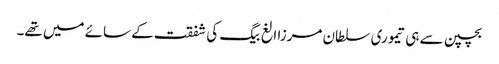
بچپن سے ہی تیموری سلطان مرزا الغ بیگ کی شفقت کے سائے میں تھے۔